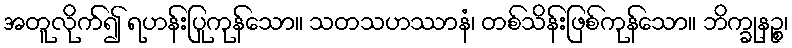
အတူလိုက်၍ ရဟန်းပြုကုန်သော။ သတသဟဿာနံ၊ တစ်သိန်းဖြစ်ကုန်သော။ ဘိက္ခုနဉ္စ၊